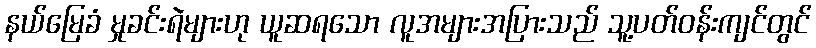
နယ်မြေခံ မှုခင်းရဲများဟု ယူဆရသော လူအများအပြားသည် သူ့ပတ်ဝန်းကျင်တွင်